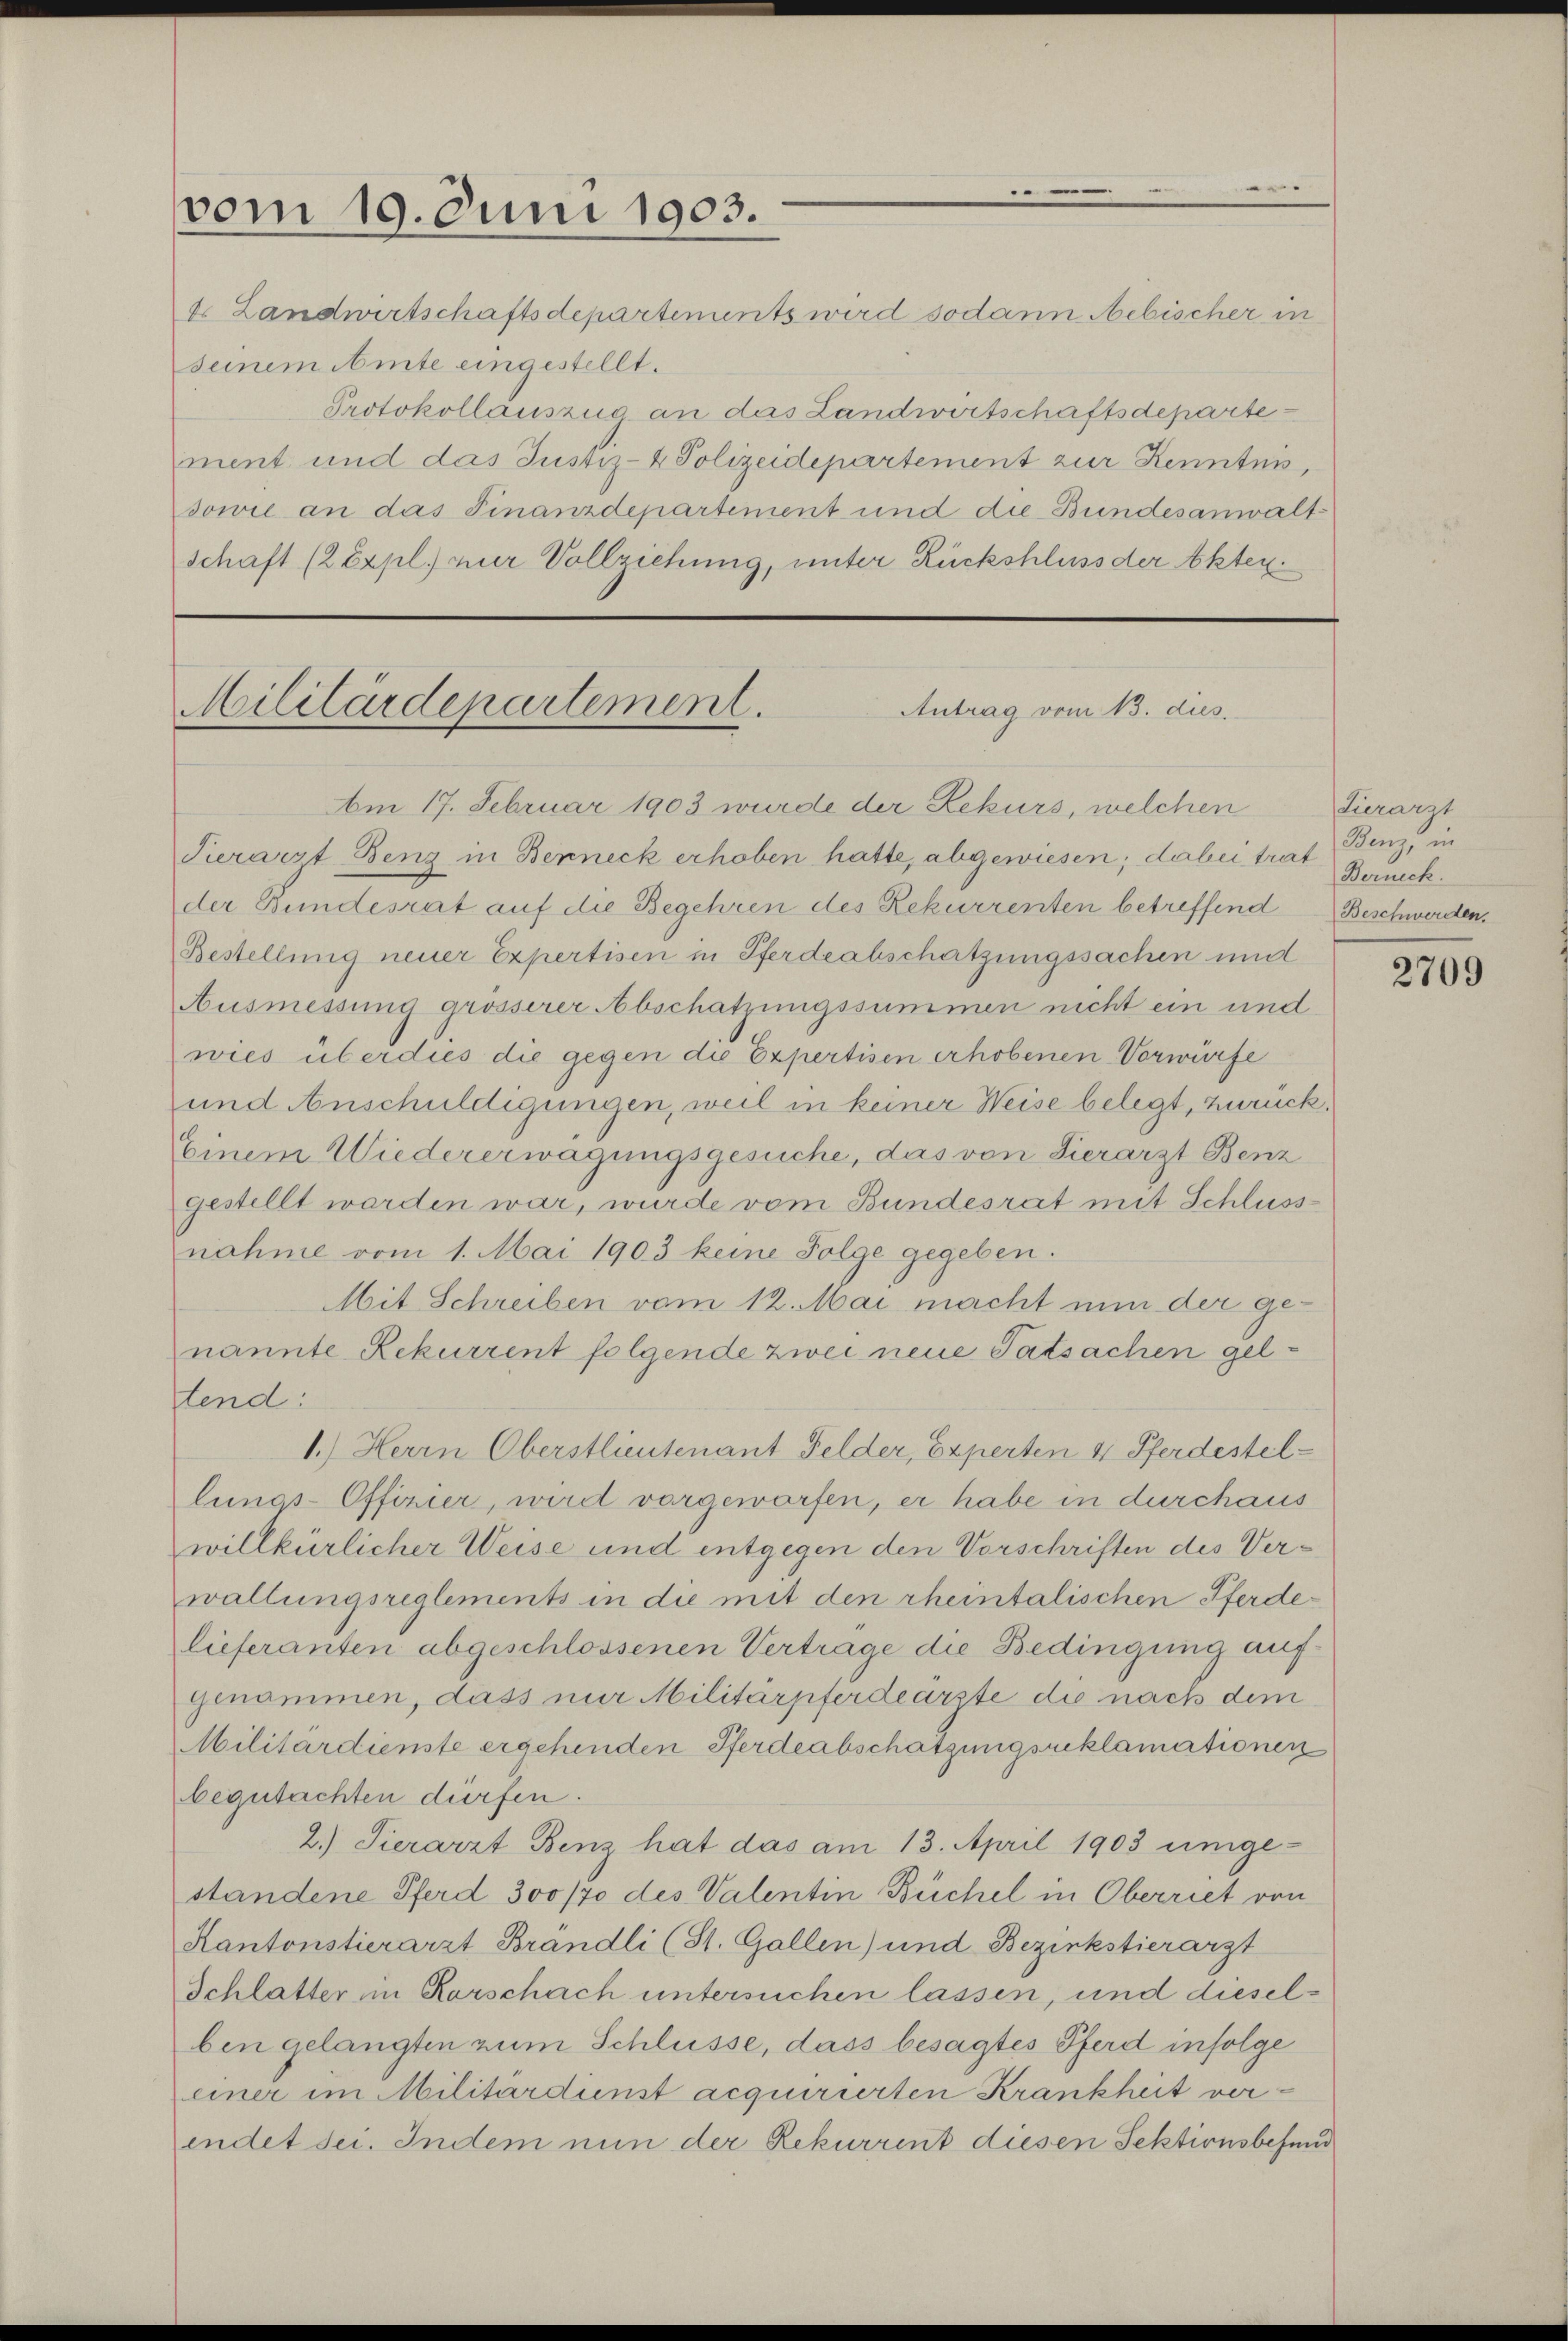
vom 19. Juni 1903.

t. Landwirtschaftsdepartements wird sodann Nibischer in
seinem Amte eingestellt.
Protokollauszug an das Landwirtschaftsdeparte
ment und das Justiz- & Polizeidepartement zur Kenntnis,
sowie an das Finanzdepartement und die Bundesanwaltschaft (2 Expl. nur Vollziehung, unter Rückschluss der Akten.

Militärdepartement.
Antrag vom 13. dies

Am 17. Februar 1903 wurde der Rekurs, welchen Tierarzt
Tierarzt Benz in Berneck erhoben hatte, abgewiesen; dabei trat Berneck
der Bundesrat auf die Begehren des Rekurrenten betreffend Beschwerden.
Bestellung neuer Expertisen in Pferdeabschatzungssachen und
Ausmessung grösserer Abschatzungssummen nicht ein und
wies überdies die gegen die Expertisen erhobenen Vorwürfe
und Anschuldigungen, weil in keiner Weise belegt, zurück¬
Einem Wiedererwägungsgesuche, das von Hierarzt Benz
gestellt werden war, wurde vom Bundesrat mit Schluss
nahme vom 1. Mai 1903 keine Folge gegeben.
Mit Schreiben vom 12. Mai macht nun der genannte Rekurrent folgende zwei neue Tatsachen geltend:
1.) Herrn Oberstlieutenant Felder, Experten 4 Pferdestellungs-Offizier, wird vorgeworfen, er habe in durchaus
willkürlicher Weise und entgegen den Vorschriften des Verwallungsreglements in die mit den rheintalischen Pferdelieferanten abgeschlossenen Verträge die Bedingung auf
genammen, dass mir Militärpferdeärzte die nach dem
Militärdienste ergehenden Pferdeabschätzungsreklamationen
begutachten dürfen.
2.) Tierarzt Benz hat das am 13. April 1903 umge-
standene Pferd 300/20 des Valentin Büchel in Oberriet von
Kantonstierarzt Brandli (St. Gallen) und Bezirkstierarzt
Schlatter im Rorschach untersuchen lassen, und dieselben gelangten zum Schlüsse, dass besagtes Pferd infolge
einer im Militärdinst acquirierten Krankheit verendet sei. Indem nun der Rekurrent diesen Sektionsbefund

Benz, in

2709